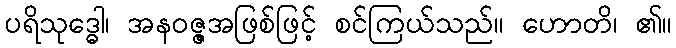
ပရိသုဒ္ဓေါ၊ အနဝဇ္ဇအဖြစ်ဖြင့် စင်ကြယ်သည်။ ဟောတိ၊ ၏။